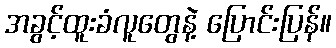
အခွင့်ထူးခံလူတွေနဲ့ ပြောင်းပြန်။